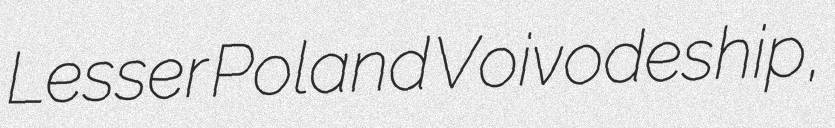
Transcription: Lesser Poland Voivodeship,